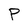
Character: P